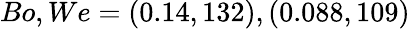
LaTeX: Bo,We=(0.14,132),(0.088,109)